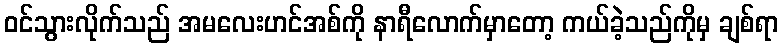
ဝင်သွားလိုက်သည် အမလေးဟင်အစ်ကို နာရီလောက်မှာတော့ ကယ်ခဲ့သည်ကိုမှ ချစ်ရာ